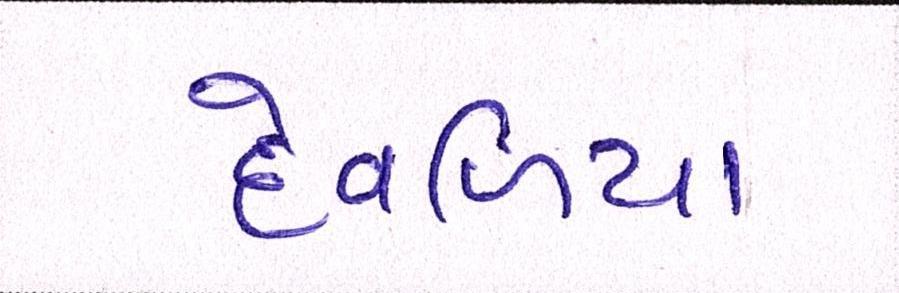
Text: દેવળિયા